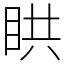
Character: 䀧